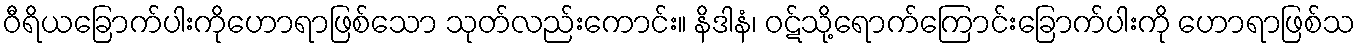
ဝီရိယခြောက်ပါးကိုဟောရာဖြစ်သော သုတ်လည်းကောင်း။ နိဒါနံ၊ ဝဋ်သို့ရောက်ကြောင်းခြောက်ပါးကို ဟောရာဖြစ်သ